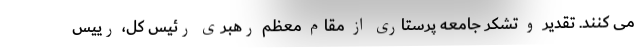
می کنند. تقدیر و تشکر جامعه پرستاری از مقام معظم رهبری رئیس کل، رییس